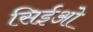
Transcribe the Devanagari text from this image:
सिईओ